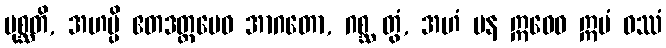
ပုစ္ဆတိ, အဟမ္ပိ ဧတဒတ္ထမေဝ အာဂတော, ဂစ္ဆ တွံ, အဟံ ပန ဣဓေဝ ဣမံ ဝဿံ